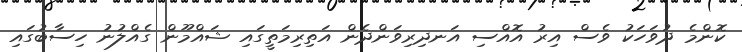
ކޮންމެ ދުވަހަކު ވެސް އިރު އޮއްސި އަނދިރިވަންދެން އަތިރިމަތީގައި ޝައްމޫން ގެއްލުނު ހިސާބުގައި